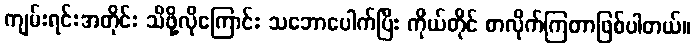
ကျမ်းရင်းအတိုင်း သိဖို့လိုကြောင်း သဘောပေါက်ပြီး ကိုယ်တိုင် စာလိုက်ကြတာဖြစ်ပါတယ်။